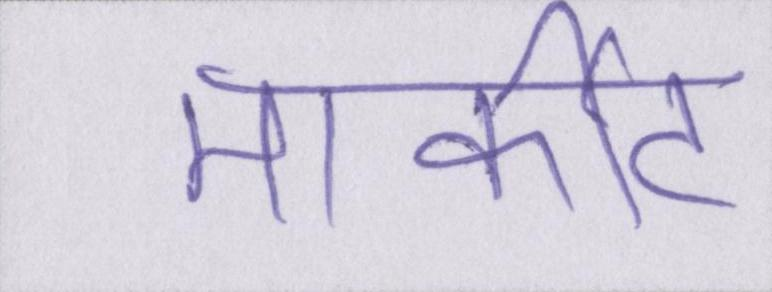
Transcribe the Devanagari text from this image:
मार्कीट